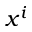
x ^ { i }